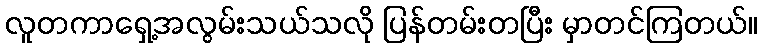
လူတကာရှေ့အလွမ်းသယ်သလို ပြန်တမ်းတပြီး မှာတင်ကြတယ်။